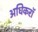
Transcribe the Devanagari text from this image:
अधिकरॉ